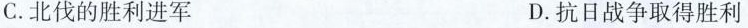
C.北伐的胜利进军 D.抗日战争取得胜利